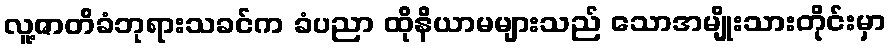
လူ့ဇာတိခံဘုရားသခင်က ခံပညာ ထိုနိယာမများသည် သောအမျိုးသားတိုင်းမှာ